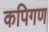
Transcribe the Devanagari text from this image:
कपिगण